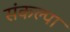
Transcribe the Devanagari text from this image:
संकल्पा